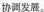
协调发展。